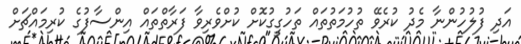
އަދި ފުލުހުންނާ މެދު ކުރެވޭ ތުހުމަތުތައް ތަހުގީގުކޮށް ކުށްވެރިވާ ފަރާތްތައް އިންސާފުގެ ކުރިމައްޗަށް